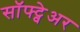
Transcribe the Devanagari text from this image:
सॉफ्ट्वेअर